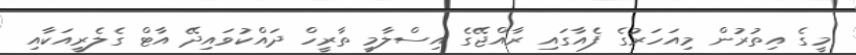
މީގެ އިތުރުން މިއަހަރުގެ ފެއާގައި ރާއްޖޭގެ އިސްލާމީ ތާރީހް ދައްކުވައިދޭ އާޓް ގެލެރީއަކާއި